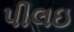
પીલઇ